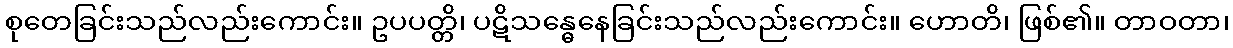
စုတေခြင်းသည်လည်းကောင်း။ ဥပပတ္တိ၊ ပဋိသန္ဓေနေခြင်းသည်လည်းကောင်း။ ဟောတိ၊ ဖြစ်၏။ တာဝတာ၊